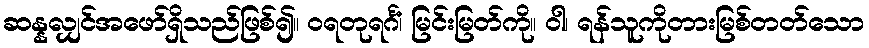
ဆန္နလျှင်အဖော်ရှိသည်ဖြစ်၍။ ဝရတုရင်္ဂံ၊ မြင်းမြတ်ကို။ ဝါ၊ ရန်သူကိုတားမြစ်တတ်သော